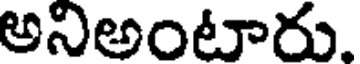
అనిఅంటారు.